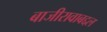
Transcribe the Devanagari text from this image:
बाजीरावाबद्दल